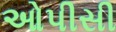
ઓપીસી